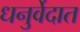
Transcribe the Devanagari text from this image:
धनुर्वेदात